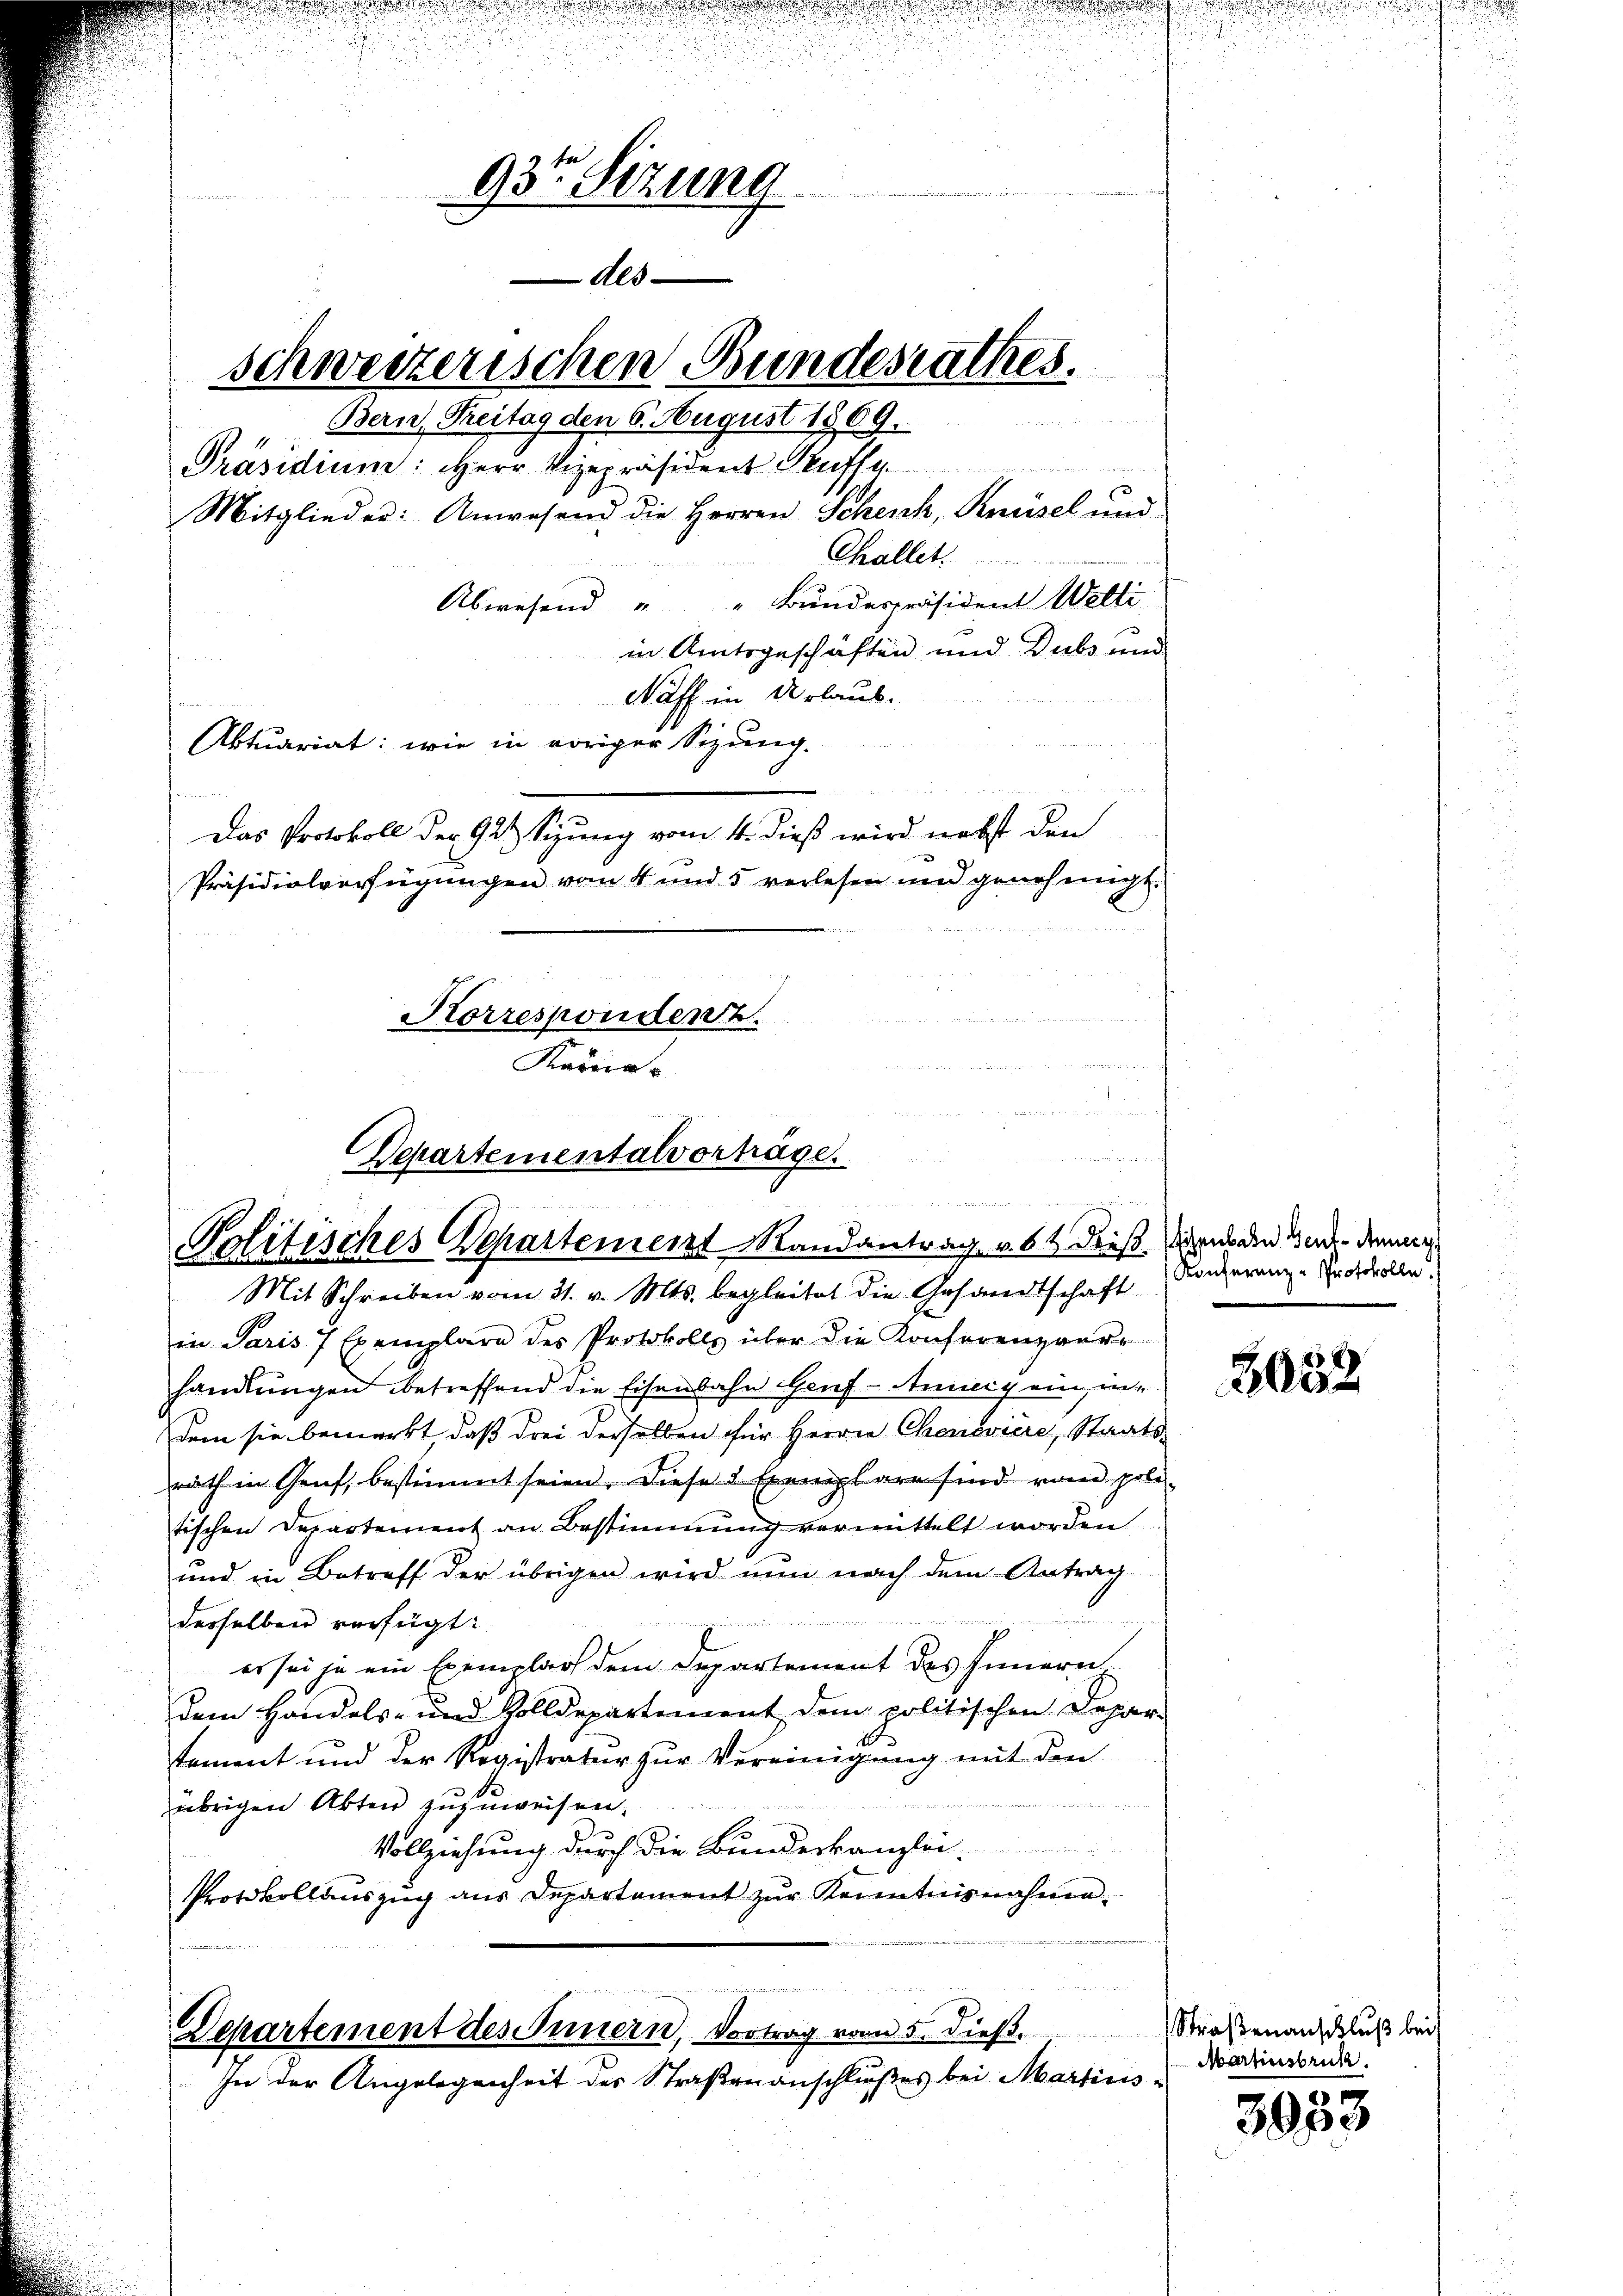
93te Sitzung
des
schweizerischen Bundesrathes.
Bern, Treitag den 6. August 1869.

Präsidium: Herr Vizepräsident Kuffe
Mitglieder: Anwesend die Herren Scheich, Kreisel und

s
Aktuariat: wie in voriger Sizung.

e
Challet
Abwesend " " Bunderpräsident Welti
in Amtsgeschäften und Dubs und
Naff in Urlaub.

Das Protokoll der 927 Sizung vom 4. dieß wird nebst den
Präsidialverfügungen vom 4 und 5 verlesen und genehmigt.
Korresponden u.
Karriri

u
n
 4. die Vorsteht der
Separtementalvorträge.
4711
Politisches Departement Mandantrag u. 6 t dieß. Wenden in den
Mit Schreiben vom 31. v. Mts. begleitet die Gesandtschaft

e

Departement des Innern, Vortrag von 5. dieß. Straßenanschluß bei
In der Angelegenheit der Straßenanschlußes bei Martius

in Paris 7 Exemplare des Protokolls über die Konferenzverhandlungen betreffend die Eisenbahn Genf - Annig ein, indem sie bemerkt, daß drei derselben für Herrn Chenoviere, Staatsrath in Genf, bestimmt seien. Diese 2 Exemplare sind von poli-
tischen Departement an Bestimmung vermittelt worden
und in Betreff der übrigen wird nun nach dem Antrag
desselben verfügt:
 111
er sei ja ein Exemplar dem Departement des Innern,
dem Handels- und Zolldepartement dem politischen Depar
tament und der Registratur zur Vereinigung mit den
übrigen Akten zuzuweisen.
Vollziehung durch die Bundeskanzlei
Protokollauszug aus Departement zur Kenntnisnahme.

Konferenz-Protokolle.

2052

Martinsbruk.

3033